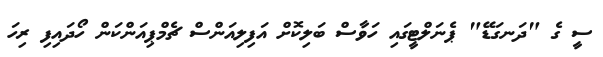
ސީ ގެ "ދަނގަޑޭ" ޕެނަލްޓީގައި ހަވާސް ބަލިކޮށް އަފިލިއަންސް ޗެމްޕިއަންކަން ހޯދައިފި ރިހަ